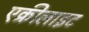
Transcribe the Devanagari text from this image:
एक्रीलाइट